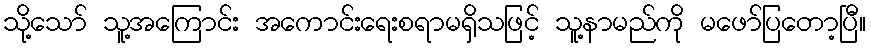
သို့သော် သူ့အကြောင်း အကောင်းရေးစရာမရှိသဖြင့် သူ့နာမည်ကို မဖော်ပြတော့ပြီ။